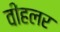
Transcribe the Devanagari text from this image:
वीहलर